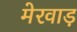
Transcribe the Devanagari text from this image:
मेरवाड़